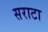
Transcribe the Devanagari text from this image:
सराटा